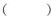
（）